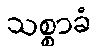
သစ္စာခံ